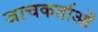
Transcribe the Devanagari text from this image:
जाचकर्ताओं